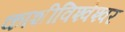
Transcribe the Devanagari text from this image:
काशीविश्‍वेश्‍वर